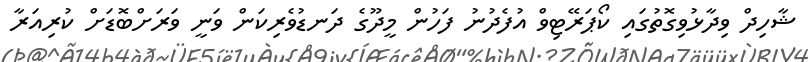
ޝާހިދް ވިދާޅުވިގޮތުގައި ކޯޕަރޭޓިވް އުފެދުނު ފަހުން މީދޫގެ ދަނޑުވެރިކަން ވަނީ ވަރަށްބޮޑަށް ކުރިއަރާ